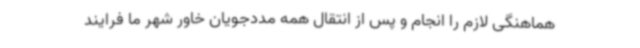
هماهنگی لازم را انجام و پس از انتقال همه مددجویان خاور شهر ما فرایند